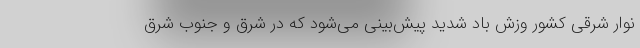
نوار شرقی کشور وزش باد شدید ‌پیش‌بینی می‌شود که در شرق و جنوب شرق